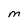
Character: M